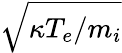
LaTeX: \sqrt{\kappa T_{e}/m_{i}}